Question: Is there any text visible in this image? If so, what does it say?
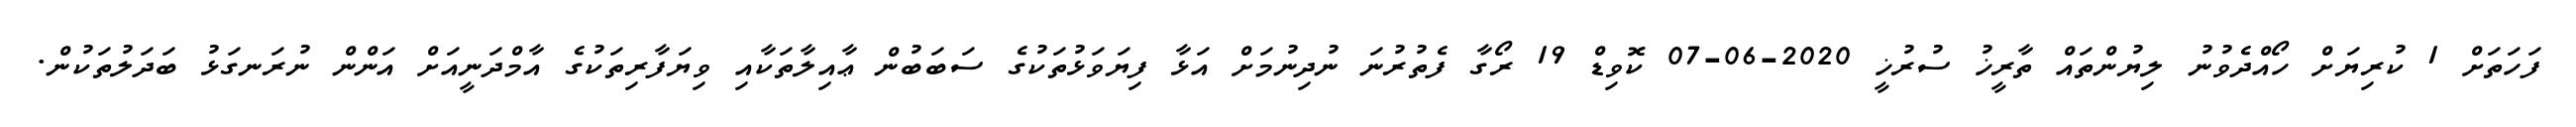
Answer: ފަހަތަށް 1 ކުރިޔަށް ހޯއްދެވުނު ލިޔުންތައް ތާރީޚު ސުރުޚީ 2020-06-07 ކޮވިޑް 19 ރޯގާ ފެތުރުނަ ނުދިނުމަށް އަޅާ ފިޔަވަޅުތަކުގެ ސަބަބުން ޢާއިލާތަކާއި ވިޔަފާރިތަކުގެ އާމްދަނީއަށް އަންން ނުރަނގަޅު ބަދަލުތަކުން.